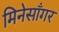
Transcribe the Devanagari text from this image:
मिनेसाँगर